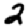
Digit: 2